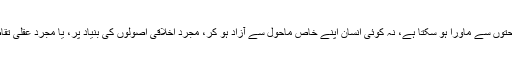
نہ کوئی انسان اپنے ذاتی مفادات اور ذاتی مصلحتوں سے ماورا ہو سکتا ہے، نہ کوئی انسان اپنے خاص ماحول سے آزاد ہو کر، مجرد اخلاقی اصولوں کی بنیاد پر، یا مجرد عقلی تقاضوں کی بنیاد پر کوئی چیز طے کر سکتا ہے۔